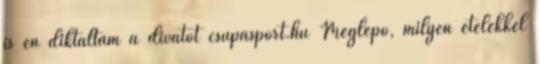
is én diktáltam a divatot csupasport.hu Meglepő, milyen ételekkel